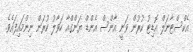
އެކްސްޓާނަލް އޮޑިޓު ކުރުން ވަނީ އާންސް އެންޑް ޔަންގްއާ ހަވާލު ކުރަން ނިންމައިފައެވެ.